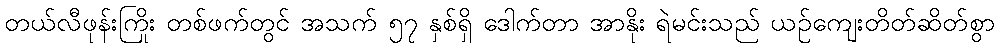
တယ်လီဖုန်းကြိုး တစ်ဖက်တွင် အသက် ၅၇ နှစ်ရှိ ဒေါက်တာ အာနိုး ရဲမင်းသည် ယဉ်ကျေးတိတ်ဆိတ်စွာ